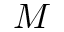
M